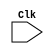
module EX_MA (
              input Clk
              );
              
wire Clk;
reg [31:0] Instruction,pc_current,BranchTarget,Op2,AluResult1;
reg IsSt, IsLd, IsBeq, IsBgt, IsRet, IsImmediate, IsWb, IsUBranch, IsCall;
reg [4:0] AluSignal;

                   always @(negedge Clk)
                   begin
                   # 9.99
                   Instruction   <= P.PR2.Instruction;
                   pc_current    <= P.PR2.pc_current;
                   BranchTarget  <= P.PR2.BranchTarget;
                   Op2           <= P.PR2.Op2;
                   IsSt          <= P.PR2.IsSt;
                   IsLd          <= P.PR2.IsLd;
                   IsBeq         <= P.PR2.IsBeq;
                   IsBgt         <= P.PR2.IsBgt;
                   IsRet         <= P.PR2.IsRet;
                   IsImmediate   <= P.PR2.IsImmediate;
                   IsWb          <= P.PR2.IsWb;
                   IsUBranch     <= P.PR2.IsUBranch;
                   IsCall        <= P.PR2.IsCall;
                   AluSignal     <= P.PR2.AluSignal;
                   AluResult1    <= P.AluResult1;
                   end
                   
                   endmodule